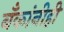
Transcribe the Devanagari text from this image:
बँकांनीही